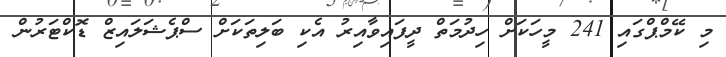
މި ކޭމްޕްގައި 241 މީހަކަށް ހިދުމަތް ދީފައިވާއިރު އެކި ބަލިތަކަށް ސްޕެޝަލައިޒް ޑޮކްޓަރުން